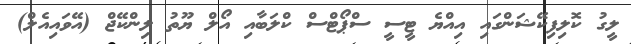
ލީގު ކޮލިފިކޭޝަންގައި އިއްޔެ ޓީސީ ސްޕޯޓްސް ކްލަބާއި އޯލް ޔޫތު ލިންކޭޖް (އޭވައިއެލް)